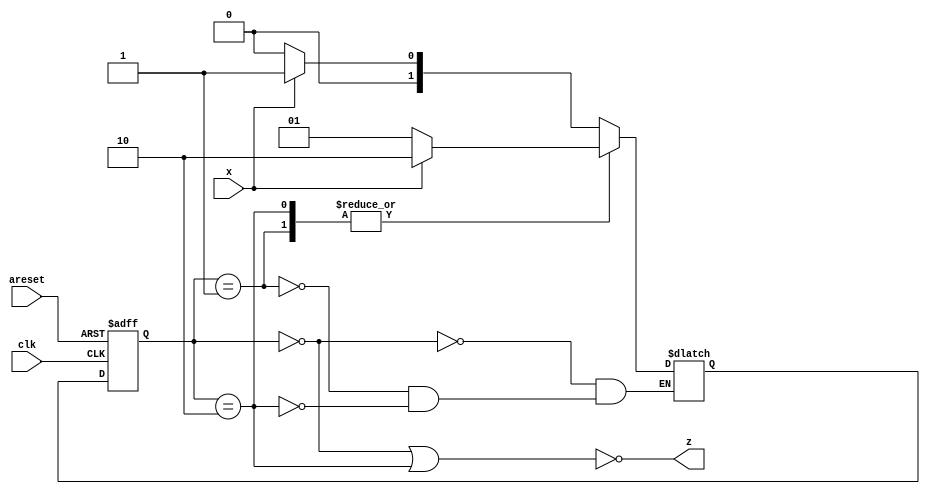
module top_module (
    input clk,
    input areset,
    input x,
    output z
); 

	reg[1:0] state, next_state;
	
	parameter A = 0, B = 1, C = 2;
	
	always@(posedge clk or posedge areset)begin
		if(areset)
			state <= A;
		else begin
			state <= next_state; 
		end
	end
	
	always@(*)begin
		case(state)
			A : begin next_state = x ? B : A;end
			B : begin next_state = x ? C : B;end
			C : begin next_state = x ? C : B;end
		endcase
	end
	
	assign z = ~(state == A || state == C);
endmodule